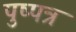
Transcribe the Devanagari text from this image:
पुष्पत्र